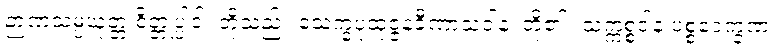
ဉာဏသမ္ပယုတ္တ စိတ္တုပ္ပါဒါ၊ တို့သည်။ သေက္ခပုထုဇ္ဇနခီဏာသဝါနံ၊ တို့၏။ သက္ကစ္စဒါန ပစ္စဝေက္ခဏ